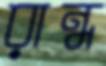
রান্ধ